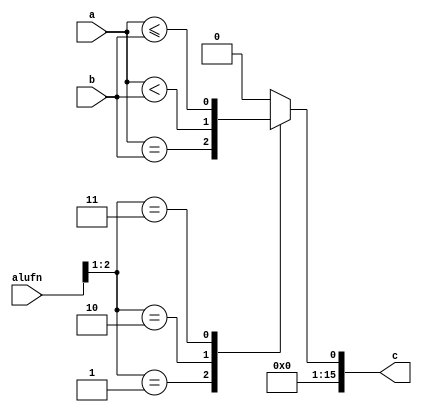
module cmp_11 (
    input [5:0] alufn,
    input [15:0] a,
    input [15:0] b,
    output reg [15:0] c
  );
  
  
  
  reg comp;
  
  always @* begin
    
    case (alufn[1+1-:2])
      2'h1: begin
        comp = a == b;
      end
      2'h2: begin
        comp = a < b;
      end
      2'h3: begin
        comp = a <= b;
      end
      default: begin
        comp = 1'h0;
      end
    endcase
    c[0+0-:1] = comp;
    c[1+14-:15] = 15'h0000;
  end
endmodule